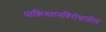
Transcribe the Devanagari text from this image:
पाकिस्तानविरोधातील